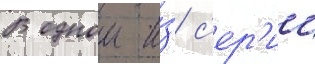
В однои и́з с'ер'ии